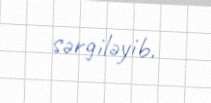
sərgiləyib.